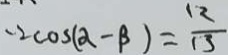
- 2 \cos ( \alpha - \beta ) = \frac { 1 2 } { 1 3 }